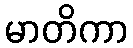
မာတိကာ